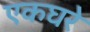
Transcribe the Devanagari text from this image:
एकघरे